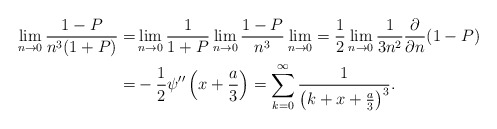
\begin{align*}\lim_{n\rightarrow 0}\frac{1-P}{n^3(1+P)}=&\lim_{n\rightarrow 0}\frac{1}{1+P}\lim_{n\rightarrow 0}\frac{1-P}{n^3}\lim_{n\rightarrow 0}=\frac 12\lim_{n\rightarrow 0}\frac{1}{3n^2}\frac {\partial}{\partial n}(1-P)\\=&-\frac{1}{2}\psi''\left(x+\frac a3\right)=\sum_{k=0}^{\infty}\frac{1}{\left(k+x+\frac a3\right)^3}.\end{align*}